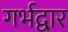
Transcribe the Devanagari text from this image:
गर्भद्वार